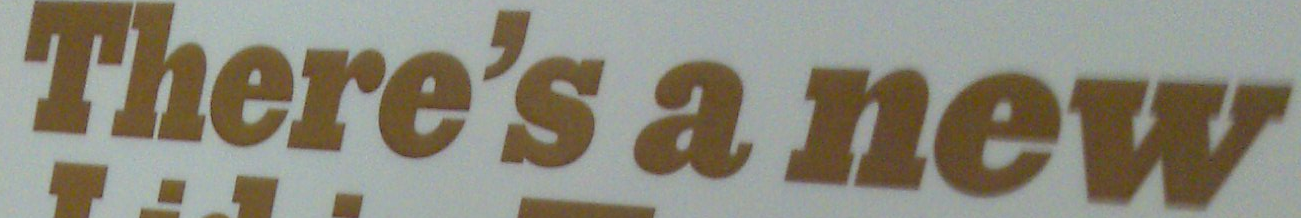
There's a new